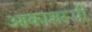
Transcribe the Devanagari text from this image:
आकाशरूपी